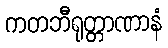
ကတဘီရုတ္တာဏာနံ